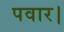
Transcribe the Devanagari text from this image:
पवार।